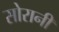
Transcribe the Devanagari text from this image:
सोरानी